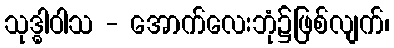
သုဒ္ဓါဝါသ - အောက်လေးဘုံ၌ဖြစ်လျက်၊